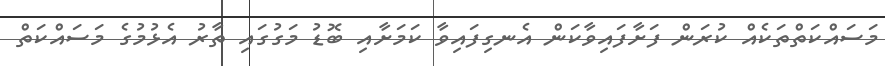
މަސައްކަތްތަކެއް ކުރަން ފަށާފައިވާކަން އެނގިފައިވާ ކަމަށާއި ބޮޑު މަގުގައި ތާރު އެޅުމުގެ މަސައްކަތް